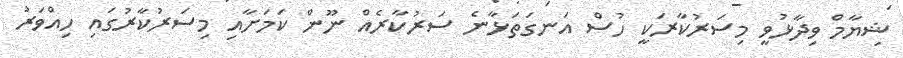
ޝިޔާމް ވިދާޅުވީ މިސަރުކާރަކީ ހުސް އަނގަތަޅާނެ ސަރުކާރެއް ނޫން ކަމަށާއި މިސަރުކާރުގައި ހިއްވަރު